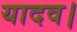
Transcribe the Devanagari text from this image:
यादव।